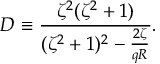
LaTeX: D \equiv \frac { \zeta ^ { 2 } ( \zeta ^ { 2 } + 1 ) } { ( \zeta ^ { 2 } + 1 ) ^ { 2 } - \frac { 2 \zeta } { q R } } .